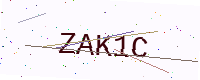
Text: ZAK1C